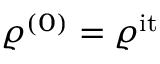
{ \varrho ^ { ( 0 ) } = \varrho ^ { \mathrm { i t } } }